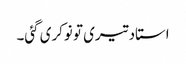
استاد تیری تو نوکری گئی۔